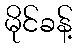
မိုင်ခန့်